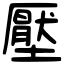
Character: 壓